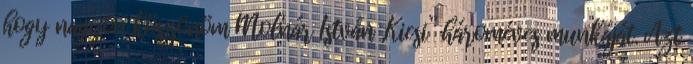
hogy nagyon köszönöm Molnár István „Kicsi” hároméves munkáját. Azt